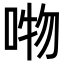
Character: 𭈘